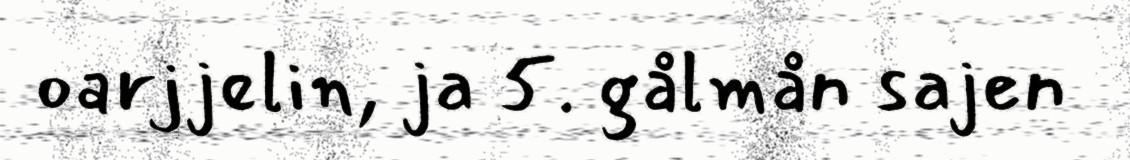
oarjjelin, ja 5. gålmån sajen